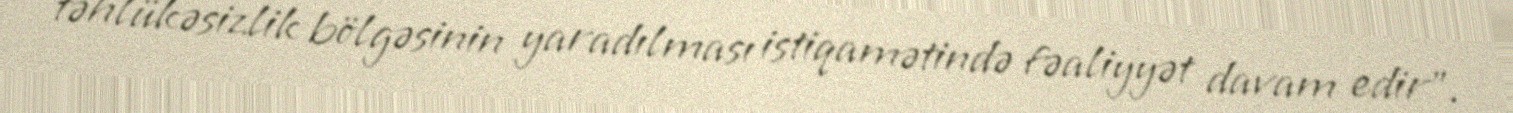
təhlükəsizlik bölgəsinin yaradılması istiqamətində fəaliyyət davam edir”.